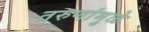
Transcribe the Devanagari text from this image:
तरुणांमुळे